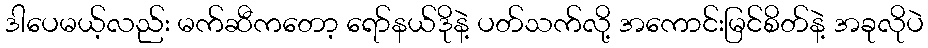
ဒါပေမယ့်လည်း မက်ဆီကတော့ ရော်နယ်ဒိုနဲ့ ပတ်သက်လို့ အကောင်းမြင်စိတ်နဲ့ အခုလိုပဲ